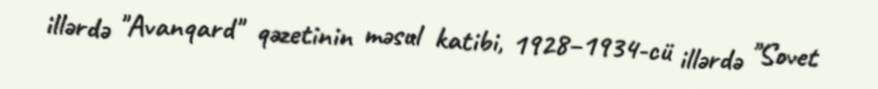
illərdə "Avanqard" qəzetinin məsul katibi, 1928–1934-cü illərdə "Sovet